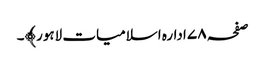
صفحہ ۷۸ ادارہ اسلامیات لاہور﴾۔